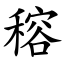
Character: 穃